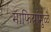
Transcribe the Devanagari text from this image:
माफियांमुळे